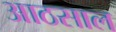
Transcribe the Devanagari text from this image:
आठसाल